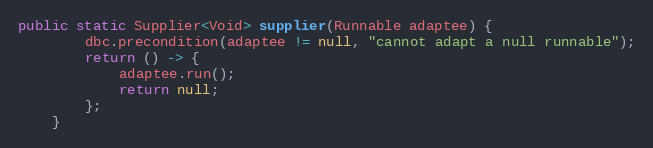
Language: Java
public static Supplier<Void> supplier(Runnable adaptee) {
        dbc.precondition(adaptee != null, "cannot adapt a null runnable");
        return () -> {
            adaptee.run();
            return null;
        };
    }